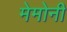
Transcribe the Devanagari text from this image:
मेमोनी